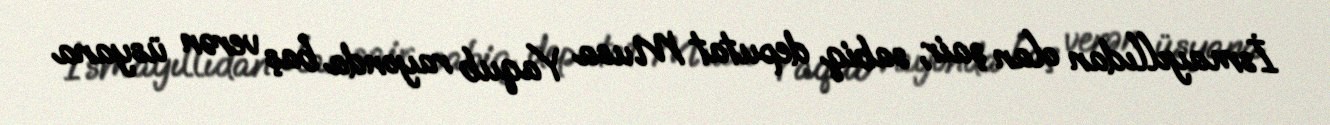
İsmayıllıdan olan şair, sabiq deputat Musa Yaqub rayonda baş verən üsyana